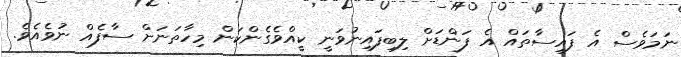
ނަމަވެސް އެ ފައިސާތައް އެ ފަންޑަށް ލިބިފައިނުވަނީ ކީއްވެގެންކަން މިހާތަނަށް ސާފެއް ނުވެއެވެ.